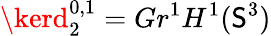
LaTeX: \kerd_{2}^{0,1}=Gr^{1}H^{1}(\mathsf{S}^{3})